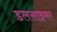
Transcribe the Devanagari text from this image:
डलसाइमर